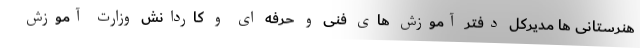
هنرستانی ها مدیرکل دفتر آموزش های فنی و حرفه ای و کاردانش وزارت آموزش